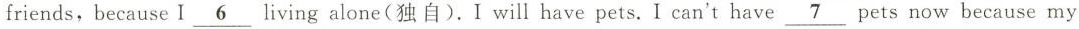
friends,becauseI\underline{ 6}living alone(独自).I will have pets. I can't have\underline{ 7}pets now because my